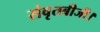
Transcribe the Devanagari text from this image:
संवृतबीजी।